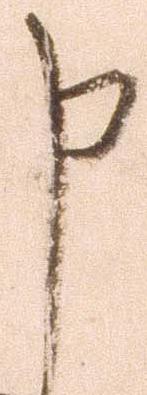
申